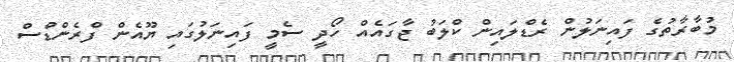
މުބާރާތުގެ ފައިނަލުން ރެޑްލައިން ކްލަބު ޖާގައެއް ހޯދީ ސެމީ ފައިނަލުގައި ޔޫއެން ފްރެންޑްސް